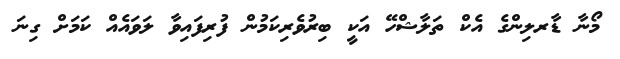
މޯނާ ޑާރލިންގެ އެކް ތަލާޝްހޭ އަކީ ބިރުވެރިކަމުން ފުރިފައިވާ ލަވައެއް ކަމަށް ގިނަ